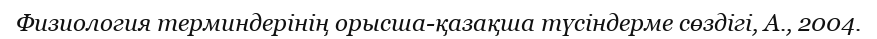
Физиология терминдерінің орысша-қазақша түсіндерме сөздігі, А., 2004.